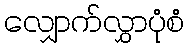
လျှောက်လွှာပုံစံ